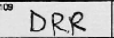
Transcription: DRR